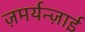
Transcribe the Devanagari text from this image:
ज़मर्यन्ज़ाई